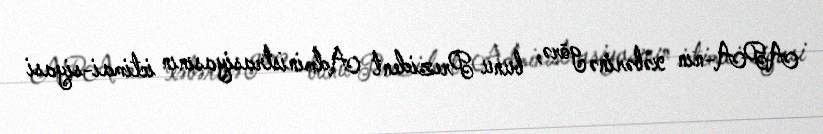
APA-nın xəbərinə görə, bunu Prezident Administrasiyasının ictimai-siyasi